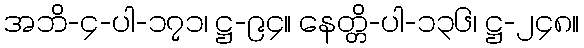
အဘိ-၄-ပါ-၁၇၁၊ ဋ္ဌ-၉၄။ နေတ္တိ-ပါ-၁၃၆၊ ဋ္ဌ-၂၄၈။